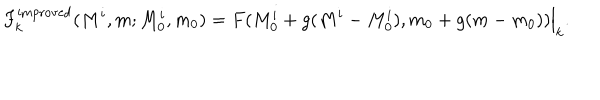
LaTeX: F _ { k } ^ { \mathrm { i m p r o v e d } } ( M ^ { i } , m ; M _ { 0 } ^ { i } , m _ { 0 } ) = F ( M _ { 0 } ^ { i } + g ( M ^ { i } - M _ { 0 } ^ { i } ) , m _ { 0 } + g ( m - m _ { 0 } ) ) \Big | _ { k } .